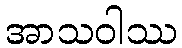
အာသဝါဿ